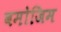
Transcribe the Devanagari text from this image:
बमोजिम